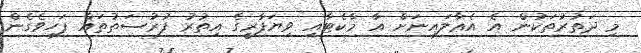
މި ދަތުރުތަކުން އެ އެޢާލައިނަށް އާ މާކެޓާއި ވިޔަފާރީގެ އިތުރު ފުރުސަތުތައް ފަހިވެގެން